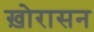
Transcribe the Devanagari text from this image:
ख़ोरासन